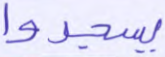
يسجدوا